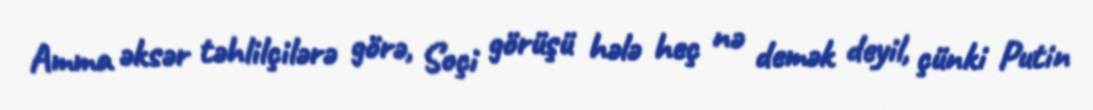
Amma əksər təhlilçilərə görə, Soçi görüşü hələ heç nə demək deyil, çünki Putin